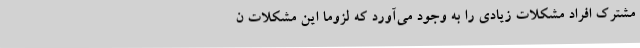
مشترک افراد مشکلات زیادی را به وجود می‌آورد که لزوما این مشکلات ن